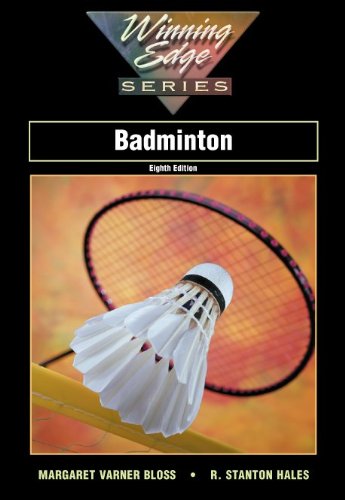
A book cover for Badminton; Margaret Varner Bloss; Sports & Outdoors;